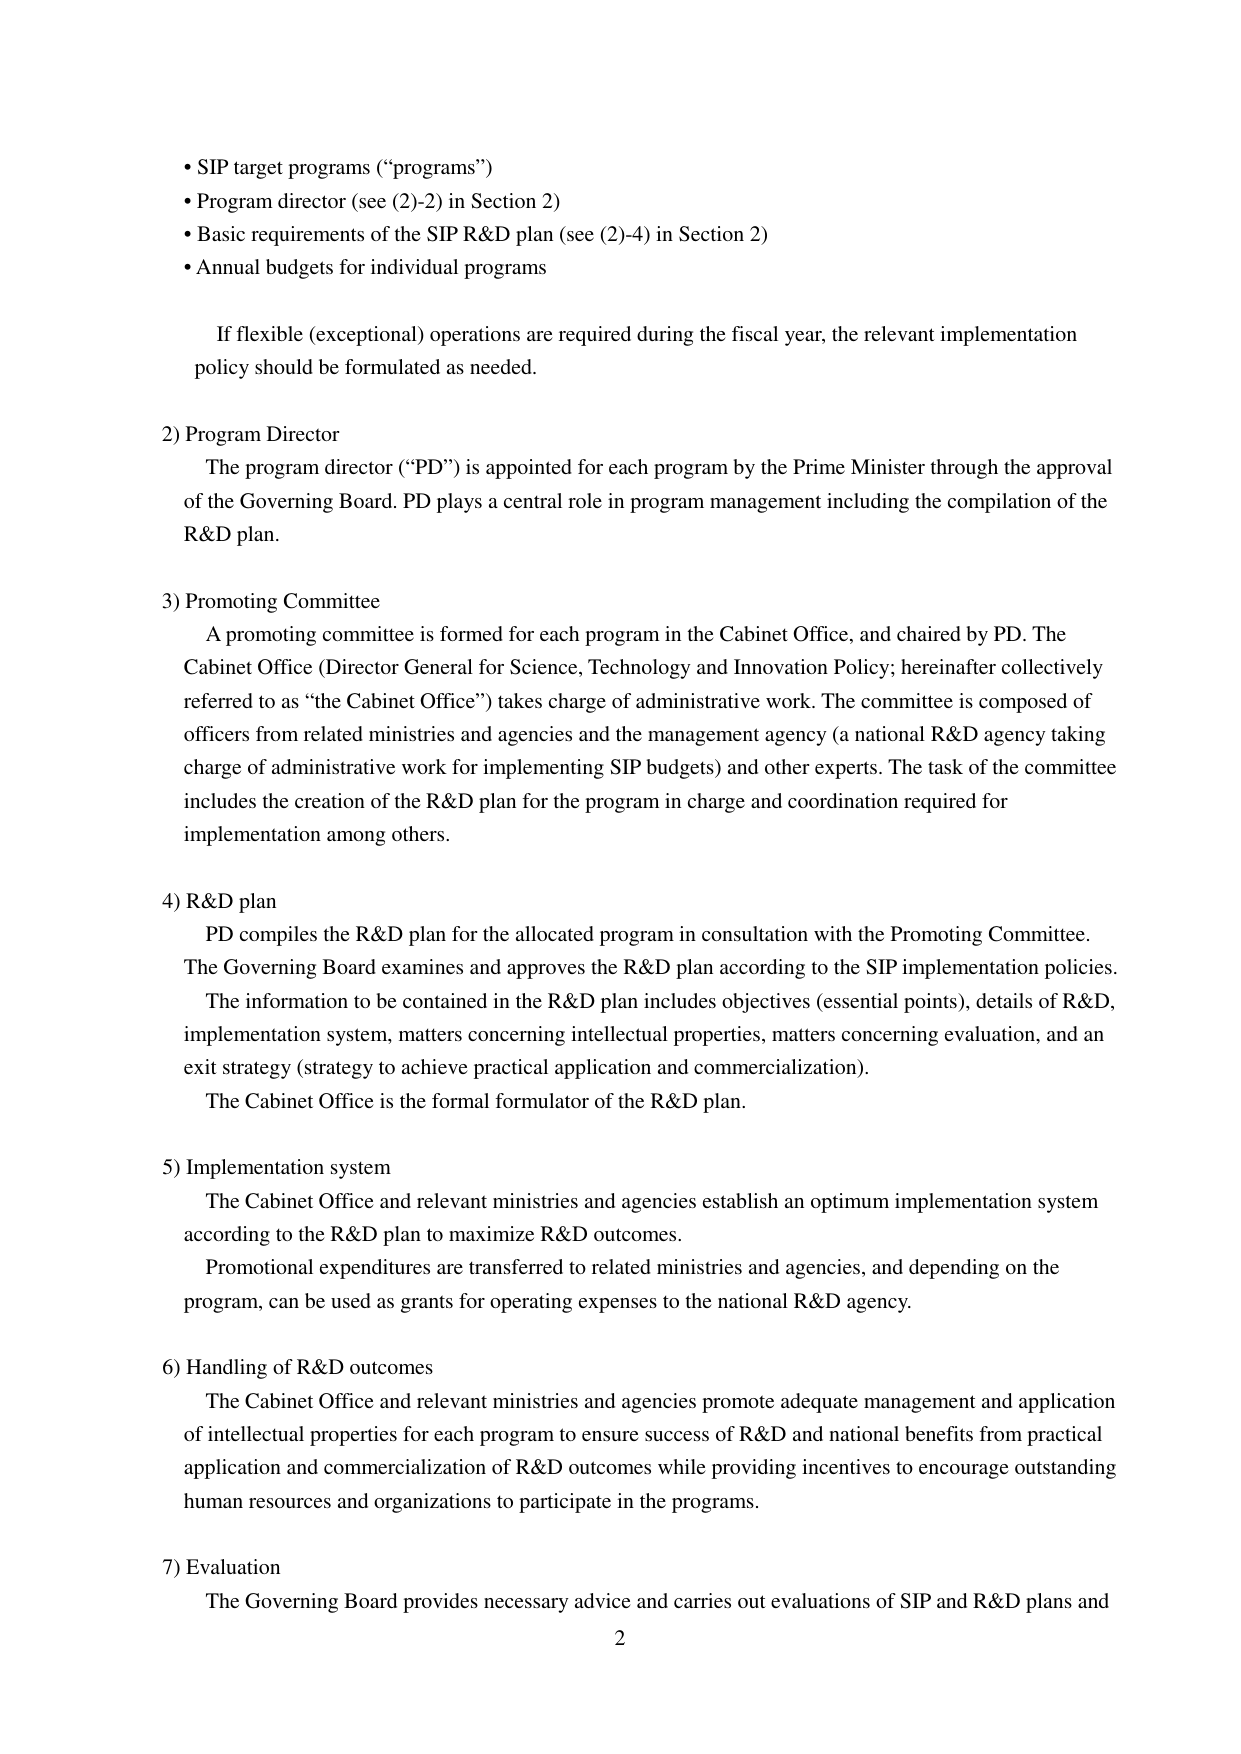
• SIP target programs (“programs”)
• Program director (see (2)-2) in Section 2)
• Basic requirements of the SIP R&D plan (see (2)-4) in Section 2)
• Annual budgets for individual programs

If flexible (exceptional) operations are required during the fiscal year, the relevant implementation policy should be formulated as needed.

2) Program Director
The program director (“PD”) is appointed for each program by the Prime Minister through the approval of the Governing Board. PD plays a central role in program management including the compilation of the R&D plan.

3) Promoting Committee
A promoting committee is formed for each program in the Cabinet Office, and chaired by PD. The Cabinet Office (Director General for Science, Technology and Innovation Policy; hereinafter collectively referred to as “the Cabinet Office”) takes charge of administrative work. The committee is composed of officers from related ministries and agencies and the management agency (a national R&D agency taking charge of administrative work for implementing SIP budgets) and other experts. The task of the committee includes the creation of the R&D plan for the program in charge and coordination required for implementation among others.

4) R&D plan
PD compiles the R&D plan for the allocated program in consultation with the Promoting Committee. The Governing Board examines and approves the R&D plan according to the SIP implementation policies. The information to be contained in the R&D plan includes objectives (essential points), details of R&D, implementation system, matters concerning intellectual properties, matters concerning evaluation, and an exit strategy (strategy to achieve practical application and commercialization). The Cabinet Office is the formal formulator of the R&D plan.

5) Implementation system
The Cabinet Office and relevant ministries and agencies establish an optimum implementation system according to the R&D plan to maximize R&D outcomes. Promotional expenditures are transferred to related ministries and agencies, and depending on the program, can be used as grants for operating expenses to the national R&D agency.

6) Handling of R&D outcomes
The Cabinet Office and relevant ministries and agencies promote adequate management and application of intellectual properties for each program to ensure success of R&D and national benefits from practical application and commercialization of R&D outcomes while providing incentives to encourage outstanding human resources and organizations to participate in the programs.

7) Evaluation
The Governing Board provides necessary advice and carries out evaluations of SIP and R&D plans and

2